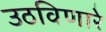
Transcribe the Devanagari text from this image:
उठविणारे